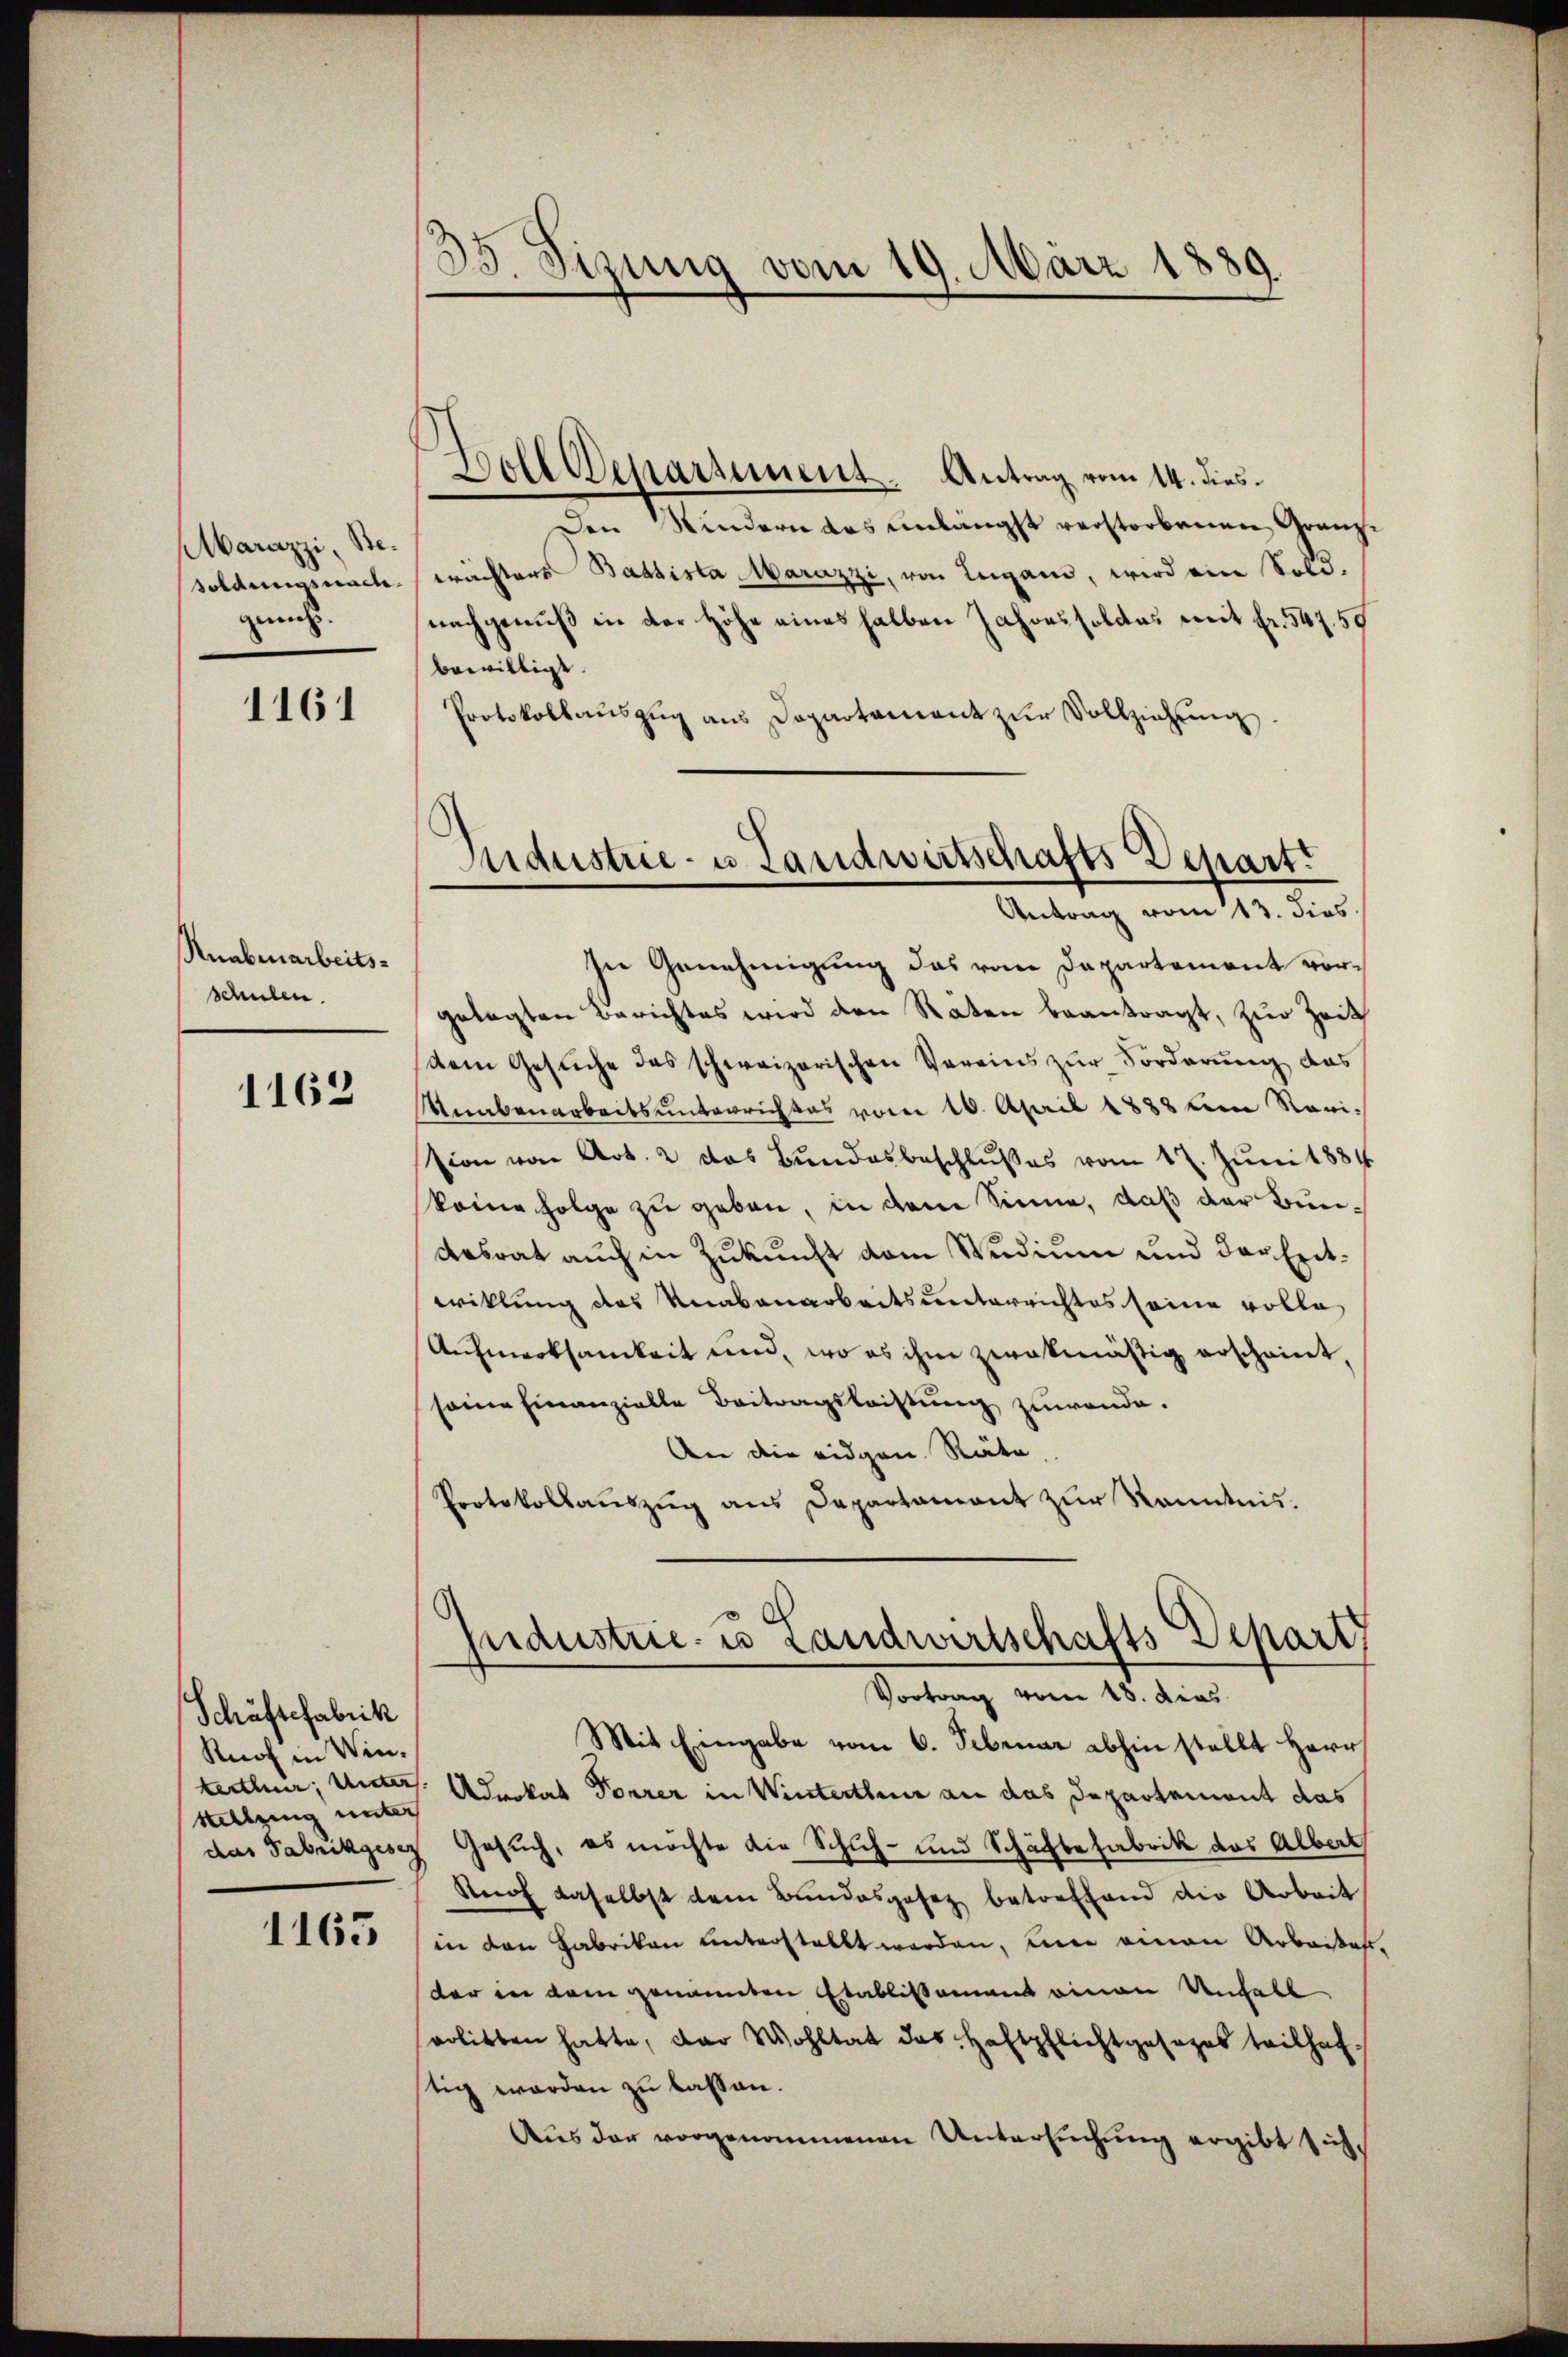
Marazzi, Besoldungsnach.
geacht.

1161

Knabenarbeitsschulen.

1162

Schäftefabrik
Ruof in Winterthur, Unter
Stellung unter
das Fabrikgesez

1163

35. Sizung vom 19. März 1889.

Doll Departement. Antrag vom 14. dies
Den Kindern das unlängst verstorbenen Granz-
erächters Bassista Marazzi, von Lugano, wird eine Sold.
nachgenuß in der Höhe eines halben Jahressoldes mit Fr. 547. 50
bewilligt.
Protokollauszug aus Departement zur Vollziehung.
In Genehmigung das vom Departement vorgelegten Berichtes wird den Raten beantragt, zur Zeit
dem Gesuche das schweizerischen Vereins zur Forderung das
Unabenarbeitsunterrichtes vom 16. April 1888 die Revision von Art. 2 das Bundesbeschlußes vom 17. Juni 1884
keine Folge zu geben, in dem Sinne, daß der Bun¬
Aasrat auch in Zukunft vom Studium und der Entwiklung des Knabenarbeitsunterrichtes seine volle
Aufmerksamkeit und, wo es ihm zwekmäßig erscheint,
seine Finanzielle Beitragsleistung zuwende.
An die eidgen. Räte,
Protokollauszug aus Departament zur Kenntnis.
fndustrie- u Landwirtschafts Depart
Vortrag vom 18. dies
Mit Eingabe vom 6. Februar abhin stellt Herr
Advokat Forrer in Winterthur an das Departement das
Gesuch, es möchte die Schuh- und Schäftefabrik das Albert
Snof daselbst dem Bundesgesetz betreffend die Arbeit
in den Fabrikon unterstellt werden, und einen Arbeiten.
der in dem genannten Etablissement einen Unfall
erlitten hatte, der Wohltat das Haftpflichtgesezes teilhaf
stig werden zu lassen.
Aus der vorgenommenen Untersuchung ergibt sich¬

Andustrie- u. Landwirtschafts-Depart.
Antrag vom 13. dies